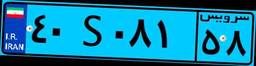
۴۰S۰۸۱۵۸